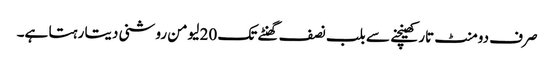
صرف دومنٹ تار کھینچنے سے بلب نصف گھنٹے تک 20 لیومن روشنی دیتا رہتا ہے۔